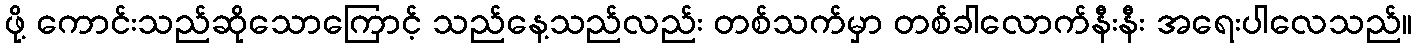
ဖို့ ကောင်းသည်ဆိုသောကြောင့် သည်နေ့သည်လည်း တစ်သက်မှာ တစ်ခါလောက်နီးနီး အရေးပါလေသည်။